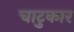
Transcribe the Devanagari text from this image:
चाटुकार